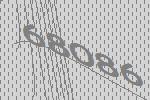
68086